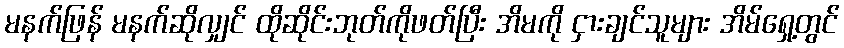
မနက်ဖြန် မနက်ဆိုလျှင် ထိုဆိုင်းဘုတ်ကိုဖတ်ပြီး အိမကို ငှားချင်သူများ အိမ်ရှေ့တွင်